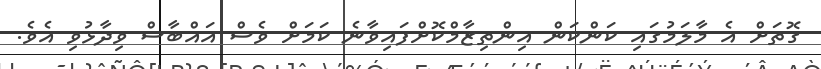
ގޮތަށް އެ މާލަމުގައި ކަންކަން އިންތިޒާމްކޮށްފައިވާނެ ކަމަށް ވެސް އައްބާސް ވިދާޅުވި އެވެ.